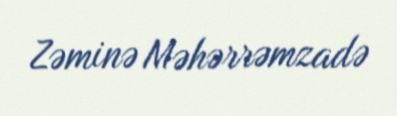
Zəminə Məhərrəmzadə